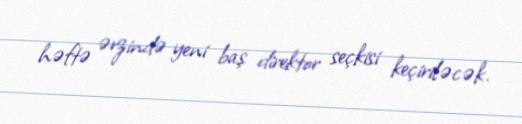
həftə ərzində yeni baş direktor seçkisi keçiriləcək.